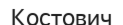
Костович